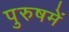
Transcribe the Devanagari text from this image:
पुरुषमें